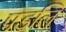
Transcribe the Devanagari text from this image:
पडलि